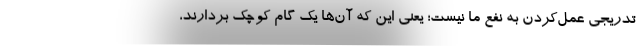
تدریجی عمل‌کردن به نفع ما نیست؛ یعنی این که آن‌ها یک گام کوچک بردارند،